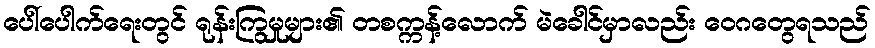
ပေါ်ပေါက်ရေးတွင် ရုန်းကြွမှုများ၏ တစက္ကန့်လောက် မဲခေါင်မှာလည်း ဝေဂတွေရသည်